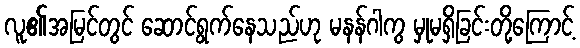
လူ၏အမြင်တွင် ဆောင်ရွက်နေသည်ဟု မနန်ဂါကွ မှုမရှိခြင်းတို့ကြောင့်